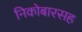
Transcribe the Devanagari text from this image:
निकोबारसह